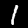
Digit: 1